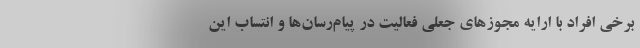
برخی افراد با ارایه مجوزهای جعلی فعالیت در پیام‌رسان‌ها و انتساب این